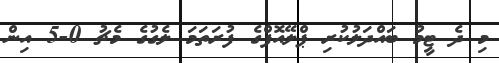
މި ދެ ޓީމު ބައްދަލުކުރި ޕްލޭއޮފްގެ ފުރަތަމަ ލެގުގެ މެޗު 0-5 އިން